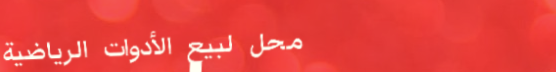
محل لبيع الأدوات الرياضية